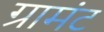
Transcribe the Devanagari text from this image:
ग्रामंट